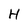
Character: H